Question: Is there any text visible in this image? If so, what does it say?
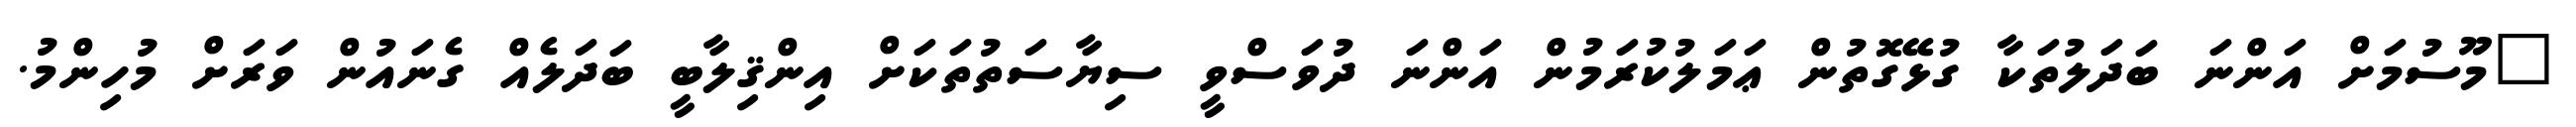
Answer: "މޫސުމަށް އަންނަ ބަދަލުތަކާ ގުޅޭގޮތުން ޢަމަލުކުރަމުން އަންނަ ދުވަސްވީ ސިޔާސަތުތަކަށް އިންޤިލާބީ ބަދަލެއް ގެނައުން ވަރަށް މުހިންމު.